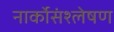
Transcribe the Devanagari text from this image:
नार्कोसंश्लेषण